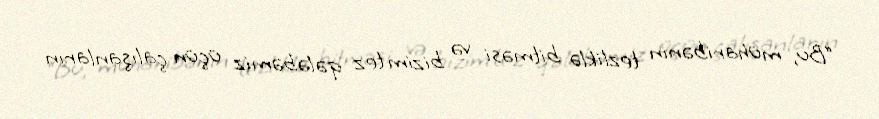
“Bu, müharibənin tezliklə bitməsi və bizim tez qələbəmiz üçün çalışanların